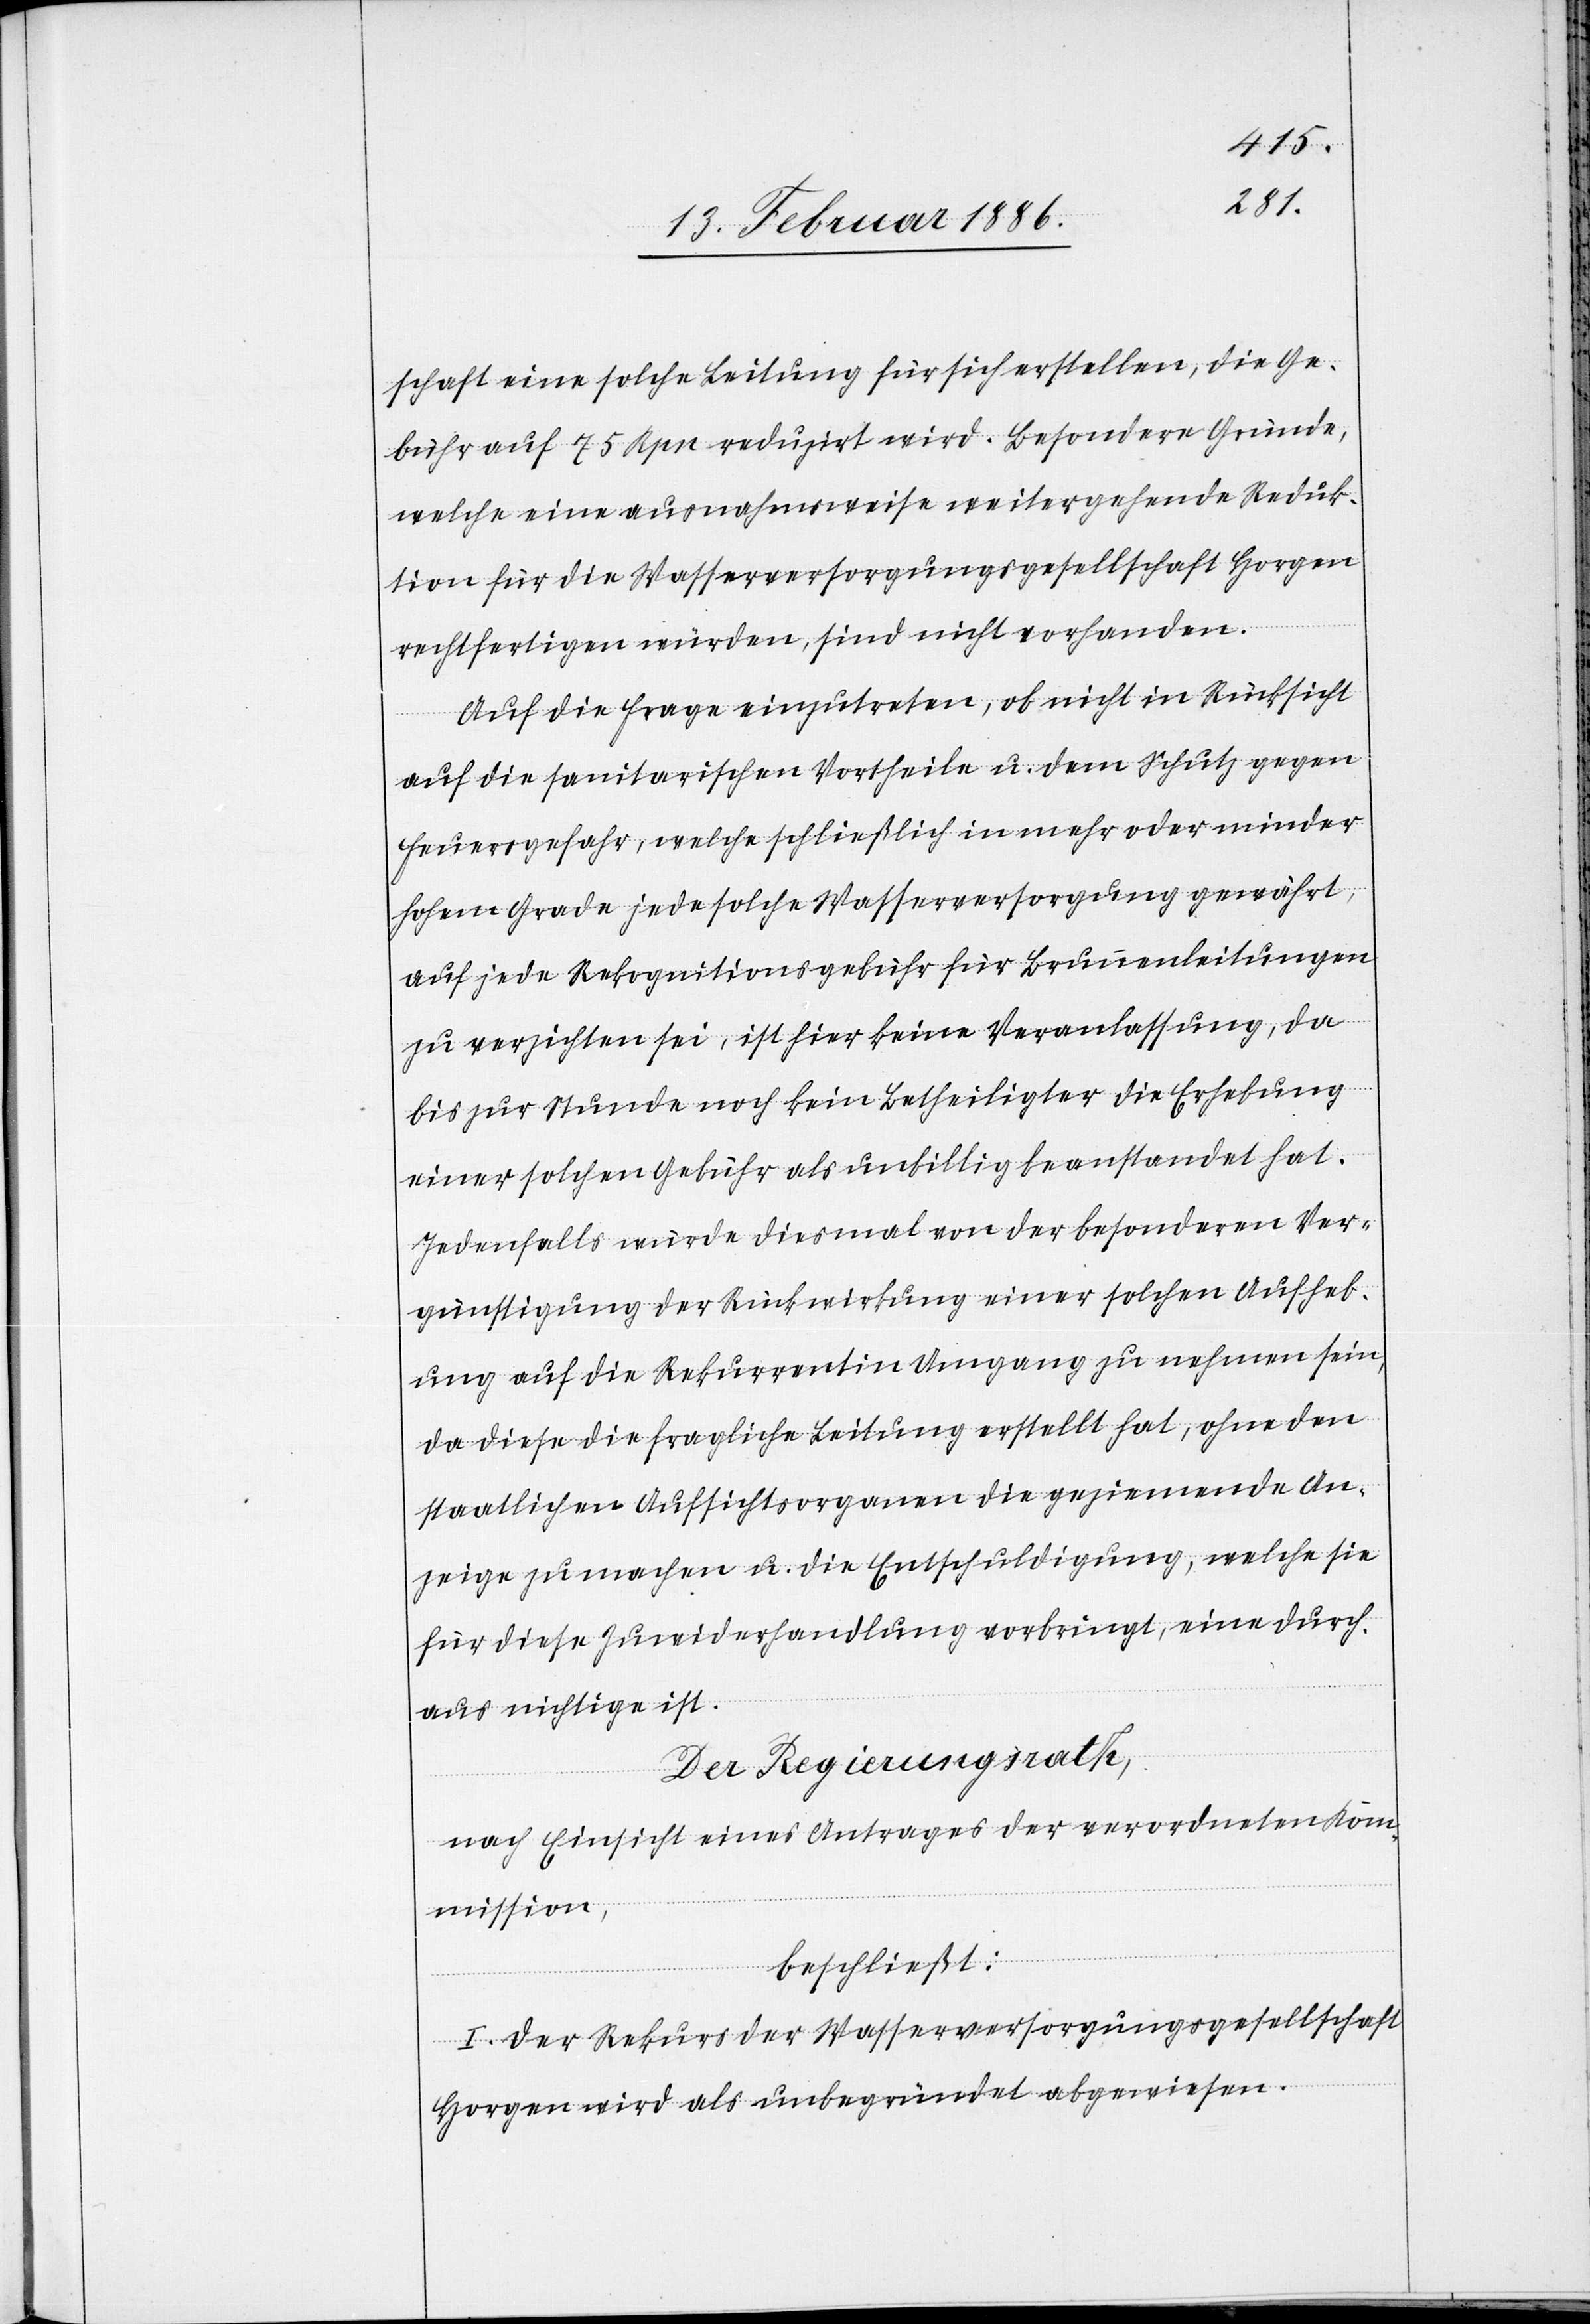
schaft eine solche Leitung für sich erstellen, die Ge¬
bühr auf 75 Rpn. reduzirt wird. Besondere Gründe,
welche eine ausnahmsweise weitergehende Reduk¬
tion für die Wasserversorgunggesellschaft Horgen
rechtfertigen würden, sind nicht vorhanden.
Auf die Frage einzutreten, ob nicht in Rücksicht
auf die sanitarischen Vortheile u. dem Schutz gegen
Feuergefahr, welche schließlich in mehr oder minder
hohen Grade jede solche Wasserversorgung gewährt,
auf jede Rekognitionsgebühr für Brunnenleitungen
zu verzichten sei, ist hier keine Veranlassung, da
bis zur Stunde noch kein Beteiligter die Erhebung
einer solchen Gebühr als unbillig beanstandet hat.
Jedenfalls würde diesmal von der besonderen Ver¬
günstigung der Rückwirkung einer solchen Aufheb¬
ung auf die Rekurrentin Umgang zu nehmen sein,
da diese die fragliche Leitung erstellt hat, ohne den
staatlichen Aufsichtsorganen die geziemende An¬
zeige zu machen u. die Entschuldigung, welche sie
für diese Zuwiderhandlung vorbringt, eine durch¬
aus nichtige ist.
Der Regierungsrath,
nach Einsicht eines Antrages der verordneten Kom¬
mission,
beschließt:
I. Der Rekurs der Wasserversorgungsgesellschaft
Horgen wird als unbegründet abgewiesen.